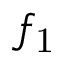
f _ { \mathrm { 1 } }